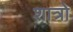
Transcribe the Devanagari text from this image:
शात्रो